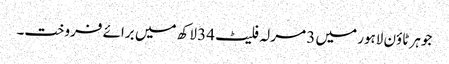
جوہر ٹاؤن لاہور میں 3 مرلہ فلیٹ 34 لاکھ میں برائے فروخت۔